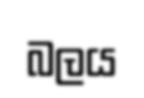
බලය